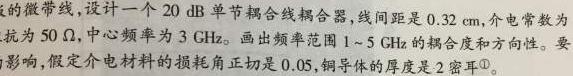
的微带线, 设计一个 $20 \mathrm{~dB}$ 单节耦合线耦合器, 线间距是 $0.32 \mathrm{~cm}$, 介电常数为
抗为 $50 \Omega$, 中心频率为 $3 \mathrm{GHz}$ 。画出频率范围 $1 \sim 5 \mathrm{GHz}$ 的耦合度和方向性。要
影响, 假定介电材料的损耗角正切是 0.05 , 铜导体的厚度是 2 密耳 。